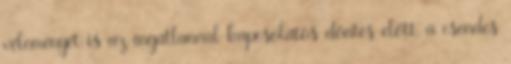
véleményét is az ingatlannal kapcsolatos döntés előtt, a csendes